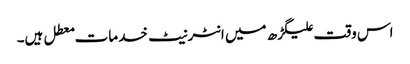
اس وقت علیگڑھ میں انٹرنیٹ خدمات معطل ہیں۔